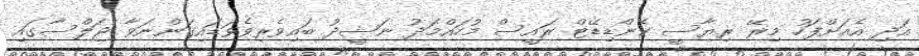
އަދި އެއަށްފަހު މިރޭ ރިޔާސީ ކެންޑިޑޭޓް ރައީސް މުހައްމަދު ނަޝީދު ބައިވެރިވެވަޑައިގަންނަވާ ޖަލްސާގައި